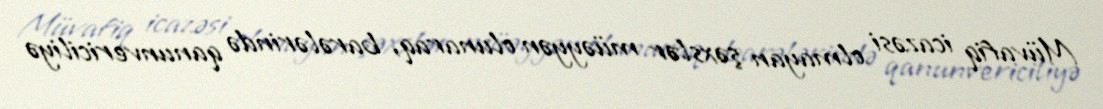
Müvafiq icazəsi olmayan şəxslər müəyyən olunaraq, barələrində qanunvericiliyə